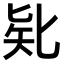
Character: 𠤗